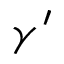
\gamma ^ { \prime }